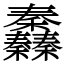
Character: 䆐